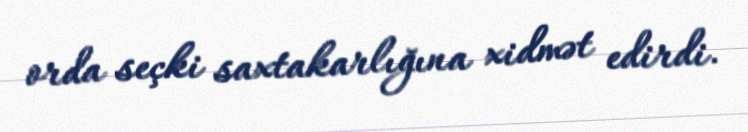
orda seçki saxtakarlığına xidmət edirdi.